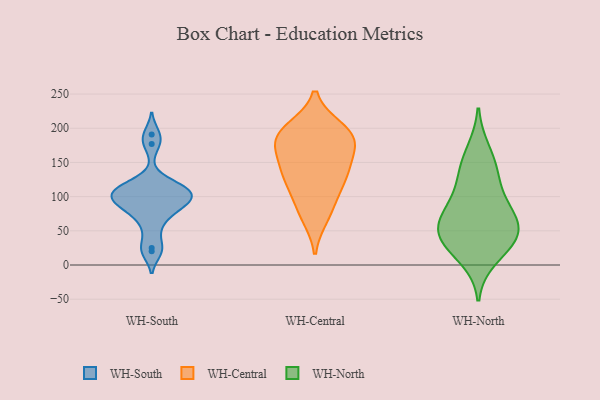
{"axis": {"x": "Production Output", "y": "Value"}, "legend": ["WH-Central", "WH-North", "WH-South"], "data": [{"x": "", "y": 191, "type": "WH-South"}, {"x": "", "y": 98, "type": "WH-South"}, {"x": "", "y": 99, "type": "WH-South"}, {"x": "", "y": 25, "type": "WH-South"}, {"x": "", "y": 20, "type": "WH-South"}, {"x": "", "y": 106, "type": "WH-South"}, {"x": "", "y": 116, "type": "WH-South"}, {"x": "", "y": 91, "type": "WH-South"}, {"x": "", "y": 110, "type": "WH-South"}, {"x": "", "y": 54, "type": "WH-South"}, {"x": "", "y": 83, "type": "WH-South"}, {"x": "", "y": 73, "type": "WH-South"}, {"x": "", "y": 87, "type": "WH-South"}, {"x": "", "y": 177, "type": "WH-South"}, {"x": "", "y": 108, "type": "WH-South"}, {"x": "", "y": 118, "type": "WH-South"}, {"x": "", "y": 183, "type": "WH-Central"}, {"x": "", "y": 198, "type": "WH-Central"}, {"x": "", "y": 199, "type": "WH-Central"}, {"x": "", "y": 143, "type": "WH-Central"}, {"x": "", "y": 125, "type": "WH-Central"}, {"x": "", "y": 82, "type": "WH-Central"}, {"x": "", "y": 71, "type": "WH-Central"}, {"x": "", "y": 110, "type": "WH-Central"}, {"x": "", "y": 181, "type": "WH-Central"}, {"x": "", "y": 184, "type": "WH-Central"}, {"x": "", "y": 133, "type": "WH-Central"}, {"x": "", "y": 180, "type": "WH-Central"}, {"x": "", "y": 146, "type": "WH-Central"}, {"x": "", "y": 37, "type": "WH-North"}, {"x": "", "y": 38, "type": "WH-North"}, {"x": "", "y": 44, "type": "WH-North"}, {"x": "", "y": 67, "type": "WH-North"}, {"x": "", "y": 88, "type": "WH-North"}, {"x": "", "y": 134, "type": "WH-North"}, {"x": "", "y": 63, "type": "WH-North"}, {"x": "", "y": 10, "type": "WH-North"}, {"x": "", "y": 167, "type": "WH-North"}, {"x": "", "y": 135, "type": "WH-North"}, {"x": "", "y": 41, "type": "WH-North"}, {"x": "", "y": 89, "type": "WH-North"}]}